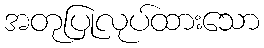
အတုပြုလုပ်ထားသော